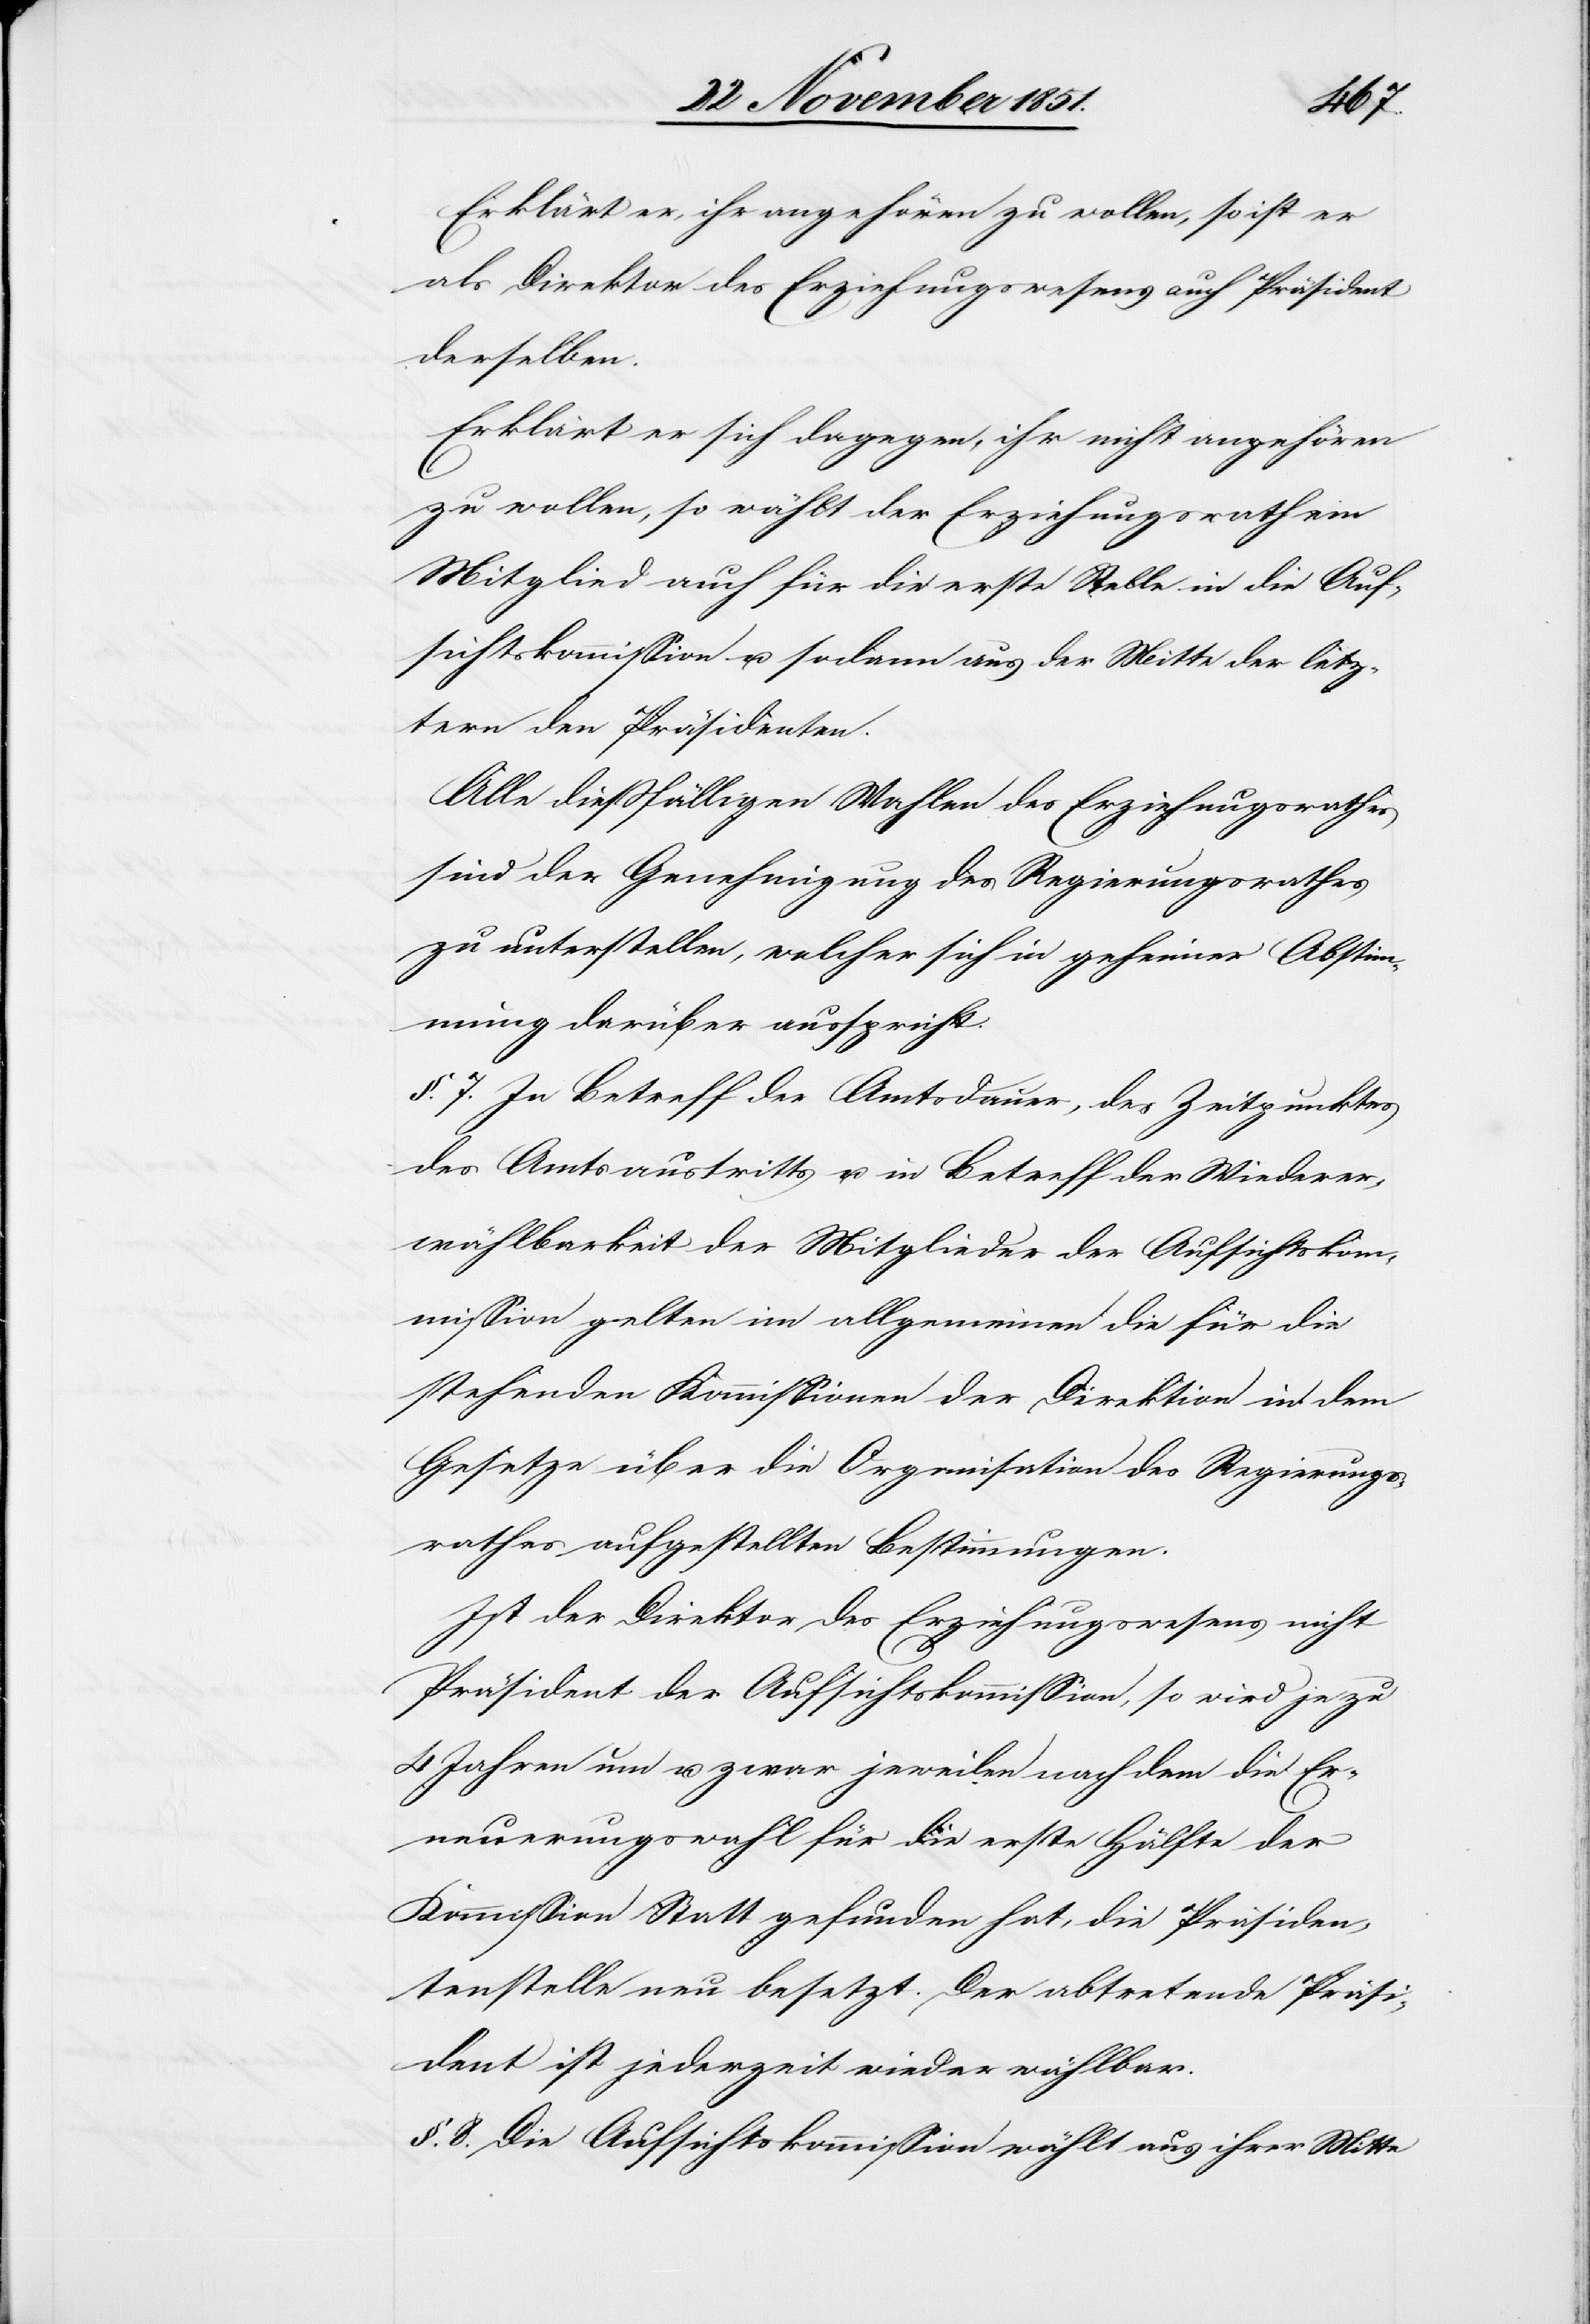
Erklärt er, ihr angehören zu wollen, so ist er
als Direktor des Erziehungswesens auch Präsident
derselben.
Erklärt er sich dagegen, ihr nicht angehören
zu wollen, so wählt der Erziehungsrath ein
Mitglied auch für die erste Stelle in die Auf¬
sichtskommission u. sodann aus der Mitte der letz¬
tern den Präsidenten.
Alle dießfälligen Wahlen des Erziehungsrathes
sind der Genehmigung des Regierungsrathes
zu unterstellen, welcher sich in geheimer Abstim¬
mung darüber ausspricht.
§. 7. In Betreff der Amtsdauer, des Zeitpunktes
des Amtsaustritts u. in Betreff der Wiederer¬
wählbarkeit der Mitglieder der Aufsichtskom¬
mission gelten im allgemeinen die für die
stehenden Kommissionen der Direktion in dem
Gesetze über die Organisation des Regierungs¬
rathes aufgestellten Bestimmungen.
Ist der Direktor des Erziehungswesens nicht
Präsident der Aufsichtskommission, so wird je zu
4 Jahren um u. zwar jeweilen nach dem die Er¬
neuerungswahl für die erste Hälfte der
Kommission Statt gefunden hat, die Präsiden¬
tenstelle neu besetzt. Der abtretende Präsi¬
dent ist jederzeit wieder wählbar.
§. 8. Die Aufsichtskommission wählt aus ihrer Mitte